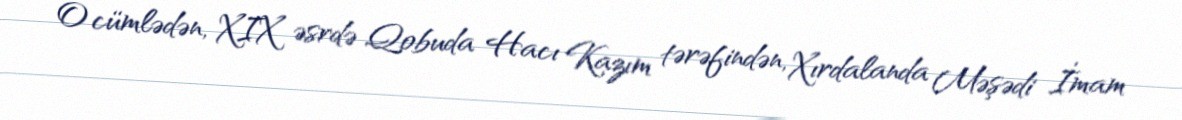
O cümlədən, XIX əsrdə Qobuda Hacı Kazım tərəfindən, Xırdalanda Məşədi İmam